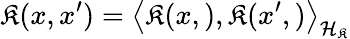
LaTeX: \mathfrak{K}(x,x^{\prime})=\left\langle\mathfrak{K}(x,),\mathfrak{K}(x^{\prime},)\right\rangle_{{\cal{H}}_{\mathfrak{K}}}